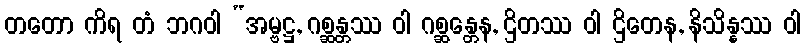
တတော ကိရ တံ ဘဂဝါ “အမ္ဗဋ္ဌ, ဂစ္ဆန္တဿ ဝါ ဂစ္ဆန္တေန, ဌိတဿ ဝါ ဌိတေန, နိသိန္နဿ ဝါ